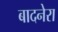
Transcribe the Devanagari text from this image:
बादनेरा